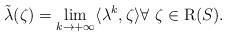
LaTeX: \begin{align*}\tilde{\lambda}(\zeta) = \lim\limits_{k\rightarrow +\infty}\langle \lambda^{k}, \zeta\rangle\forall\ \zeta \in \mathrm{R}(S).\end{align*}